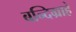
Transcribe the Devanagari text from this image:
बन्दिग्राहे